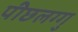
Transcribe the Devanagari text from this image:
पीछलग्गु